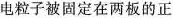
电粒子被固定在两板的正